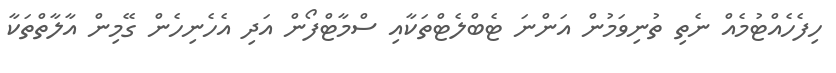
ހިފެހެއްޓުމެއް ނެތި ތުނިވަމުން އަންނަ ޓެބްލެޓްތަކާއި ސްމާޓްފޯން އަދި އެހެނިހެން ގޭމިން އާލާތްތަކާ